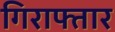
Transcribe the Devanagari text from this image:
गिराफ्तार